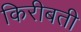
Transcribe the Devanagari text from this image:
किरीबती